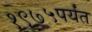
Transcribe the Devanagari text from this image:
१९७५पर्यंत